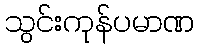
သွင်းကုန်ပမာဏ